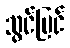
သွင်ပြင်